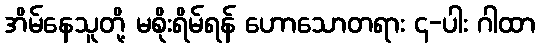
အိမ်နေသူတို့ မစိုးရိမ်ရန် ဟောသောတရား ၄-ပါး ဂါထာ